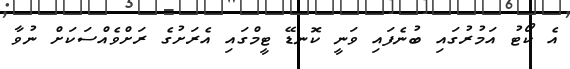
އެ ކޯޓު އަމުރުގައި ބުނެފައި ވަނީ ކޮނޑޭ ޓީމްގައި އެރަށުގެ ރަށްވެއްސަކަށް ނުވާ